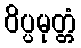
ဝိပ္ပမုတ္တံ